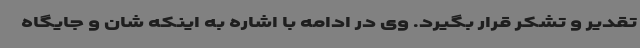
تقدیر و تشکر قرار بگیرد. وی در ادامه با اشاره به اینکه شان و جایگاه